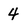
Character: 4